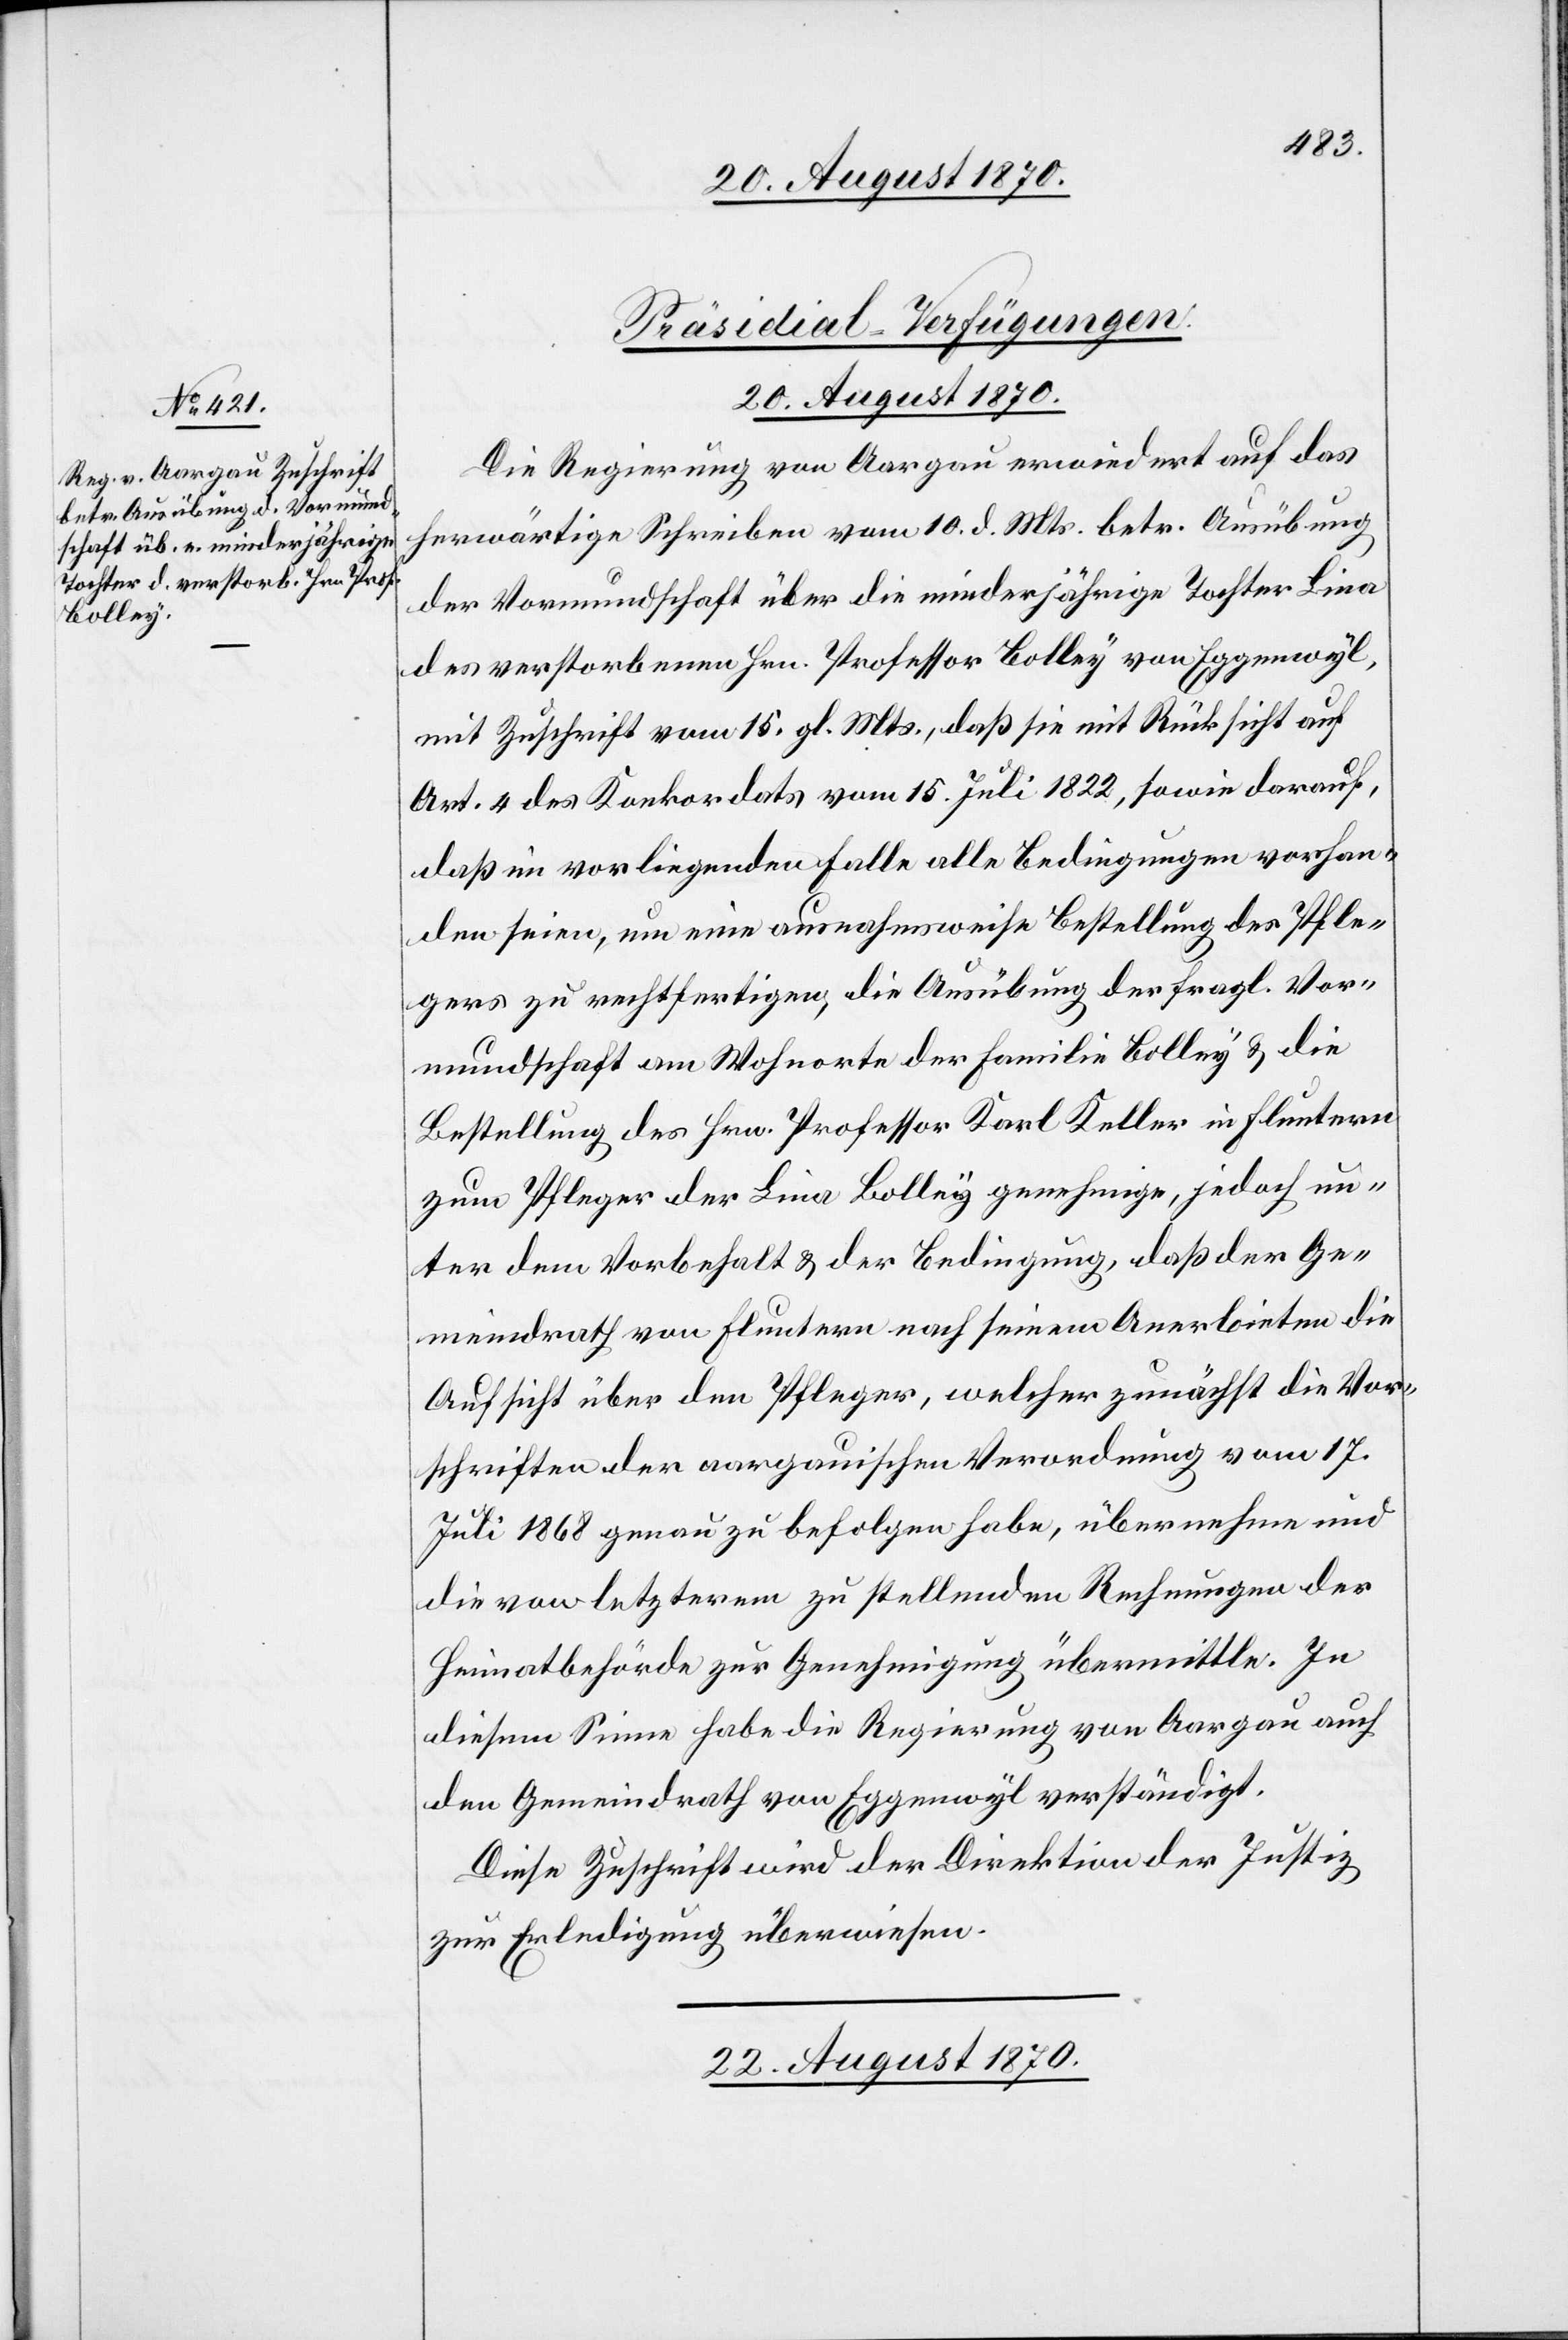
[Präsidial-Verfügungen.]
20. August 1870.
Die Regierung von Aargau erwiedert auf das
herwärtige Schreiben vom 10. d. Mts. betr. Ausübung
der Vormundschaft über die minderjährige Tochter Lina
des verstorbenen Hrn. Professor Bolley von Eggenwyl,
mit Zuschrift vom 15. gl. Mts., daß sie mit Rücksicht auf
Art. 4 des Konkordats vom 15. Juli 1822, sowie darauf,
daß im vorliegenden Falle alle Bedingungen vorhan¬
den seien, um eine ausnahmsweise Bestellung des Pfle¬
gers zu rechtfertigen, die Ausübung der fragl. Vor¬
mundschaft am Wohnorte der Familie Bolley & die
Bestellung des Hrn. Professor Karl Keller in Fluntern
zum Pfleger der Lina Bolley genehmige, jedoch un¬
ter dem Vorbehalt & der Bedingung, daß der Ge¬
meindrath von Fluntern nach seinem Anerbieten die
Aufsicht über den Pfleger, welcher zunächst die Vor¬
schriften der aargauischen Verordnung vom 17.
Juli 1868 genau zu befolgen habe, übernehme und
die von letzterm zu stellenden Rechnungen der
Heimatbehörde zur Genehmigung übermittle. In
diesem Sinne habe die Regierung von Aargau auch
den Gemeindrath von Eggenwyl verständigt.
Diese Zuschrift wird der Direktion der Justiz
zur Erledigung überwiesen.
22. August 1870.